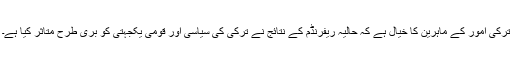
ترکی امور کے ماہرین کا خیال ہے کہ حالیہ ریفرنڈم کے نتائج نے ترکی کی سیاسی اور قومی یکجہتی کو بری طرح متاثر کیا ہے۔